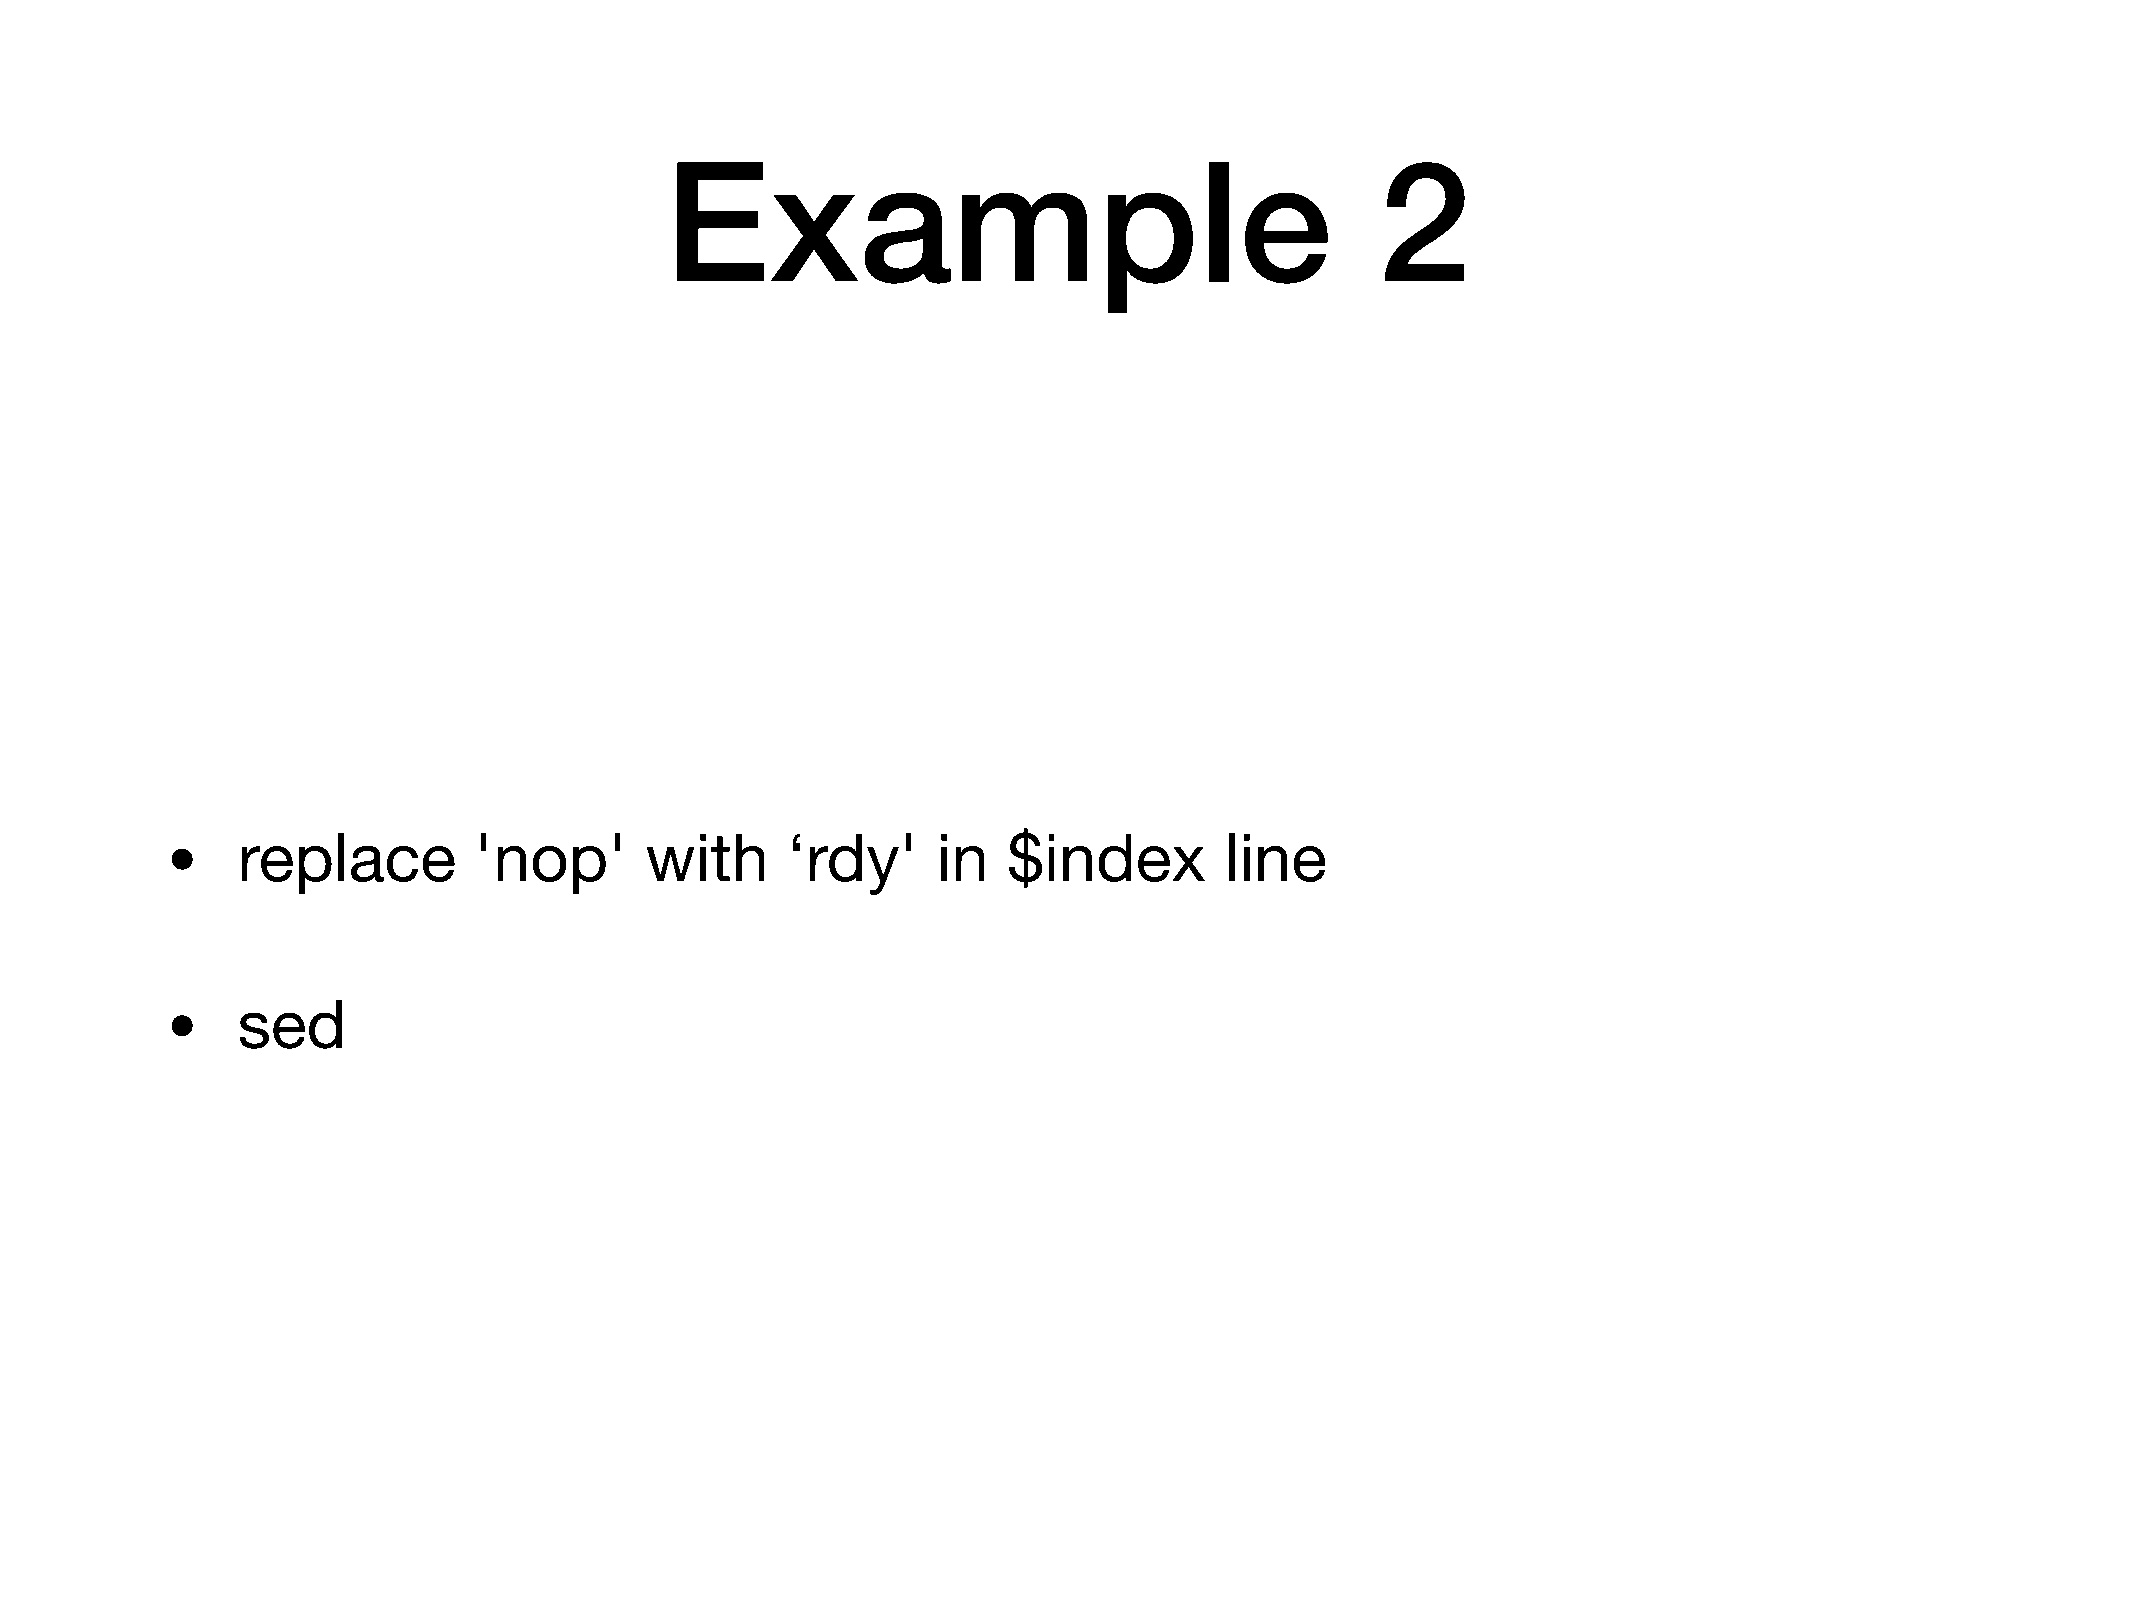
Example                                        2
 •
 replace        'nop'       with     ‘rdy'     in   $index        line
 •
 sed